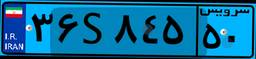
۳۶S۸۴۵۵۰